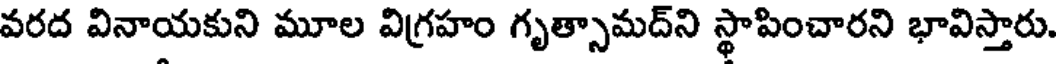
వరద వినాయకుని మూల విగ్రహం గృత్సామద్ని స్థాపించారని భావిస్తారు.